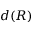
d ( R )